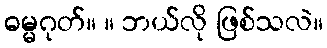
ဓမ္မဂုတ်။ ။ ဘယ်လို ဖြစ်သလဲ။